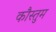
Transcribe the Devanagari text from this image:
कौस्तुम